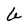
Character: a